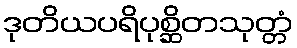
ဒုတိယပရိပုစ္ဆိတသုတ္တံ